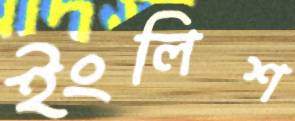
ইংলিশ